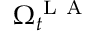
\Omega _ { t } ^ { \mathrm { ~ L ~ A ~ } }